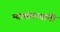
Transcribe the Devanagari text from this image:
न्यायालयांनी